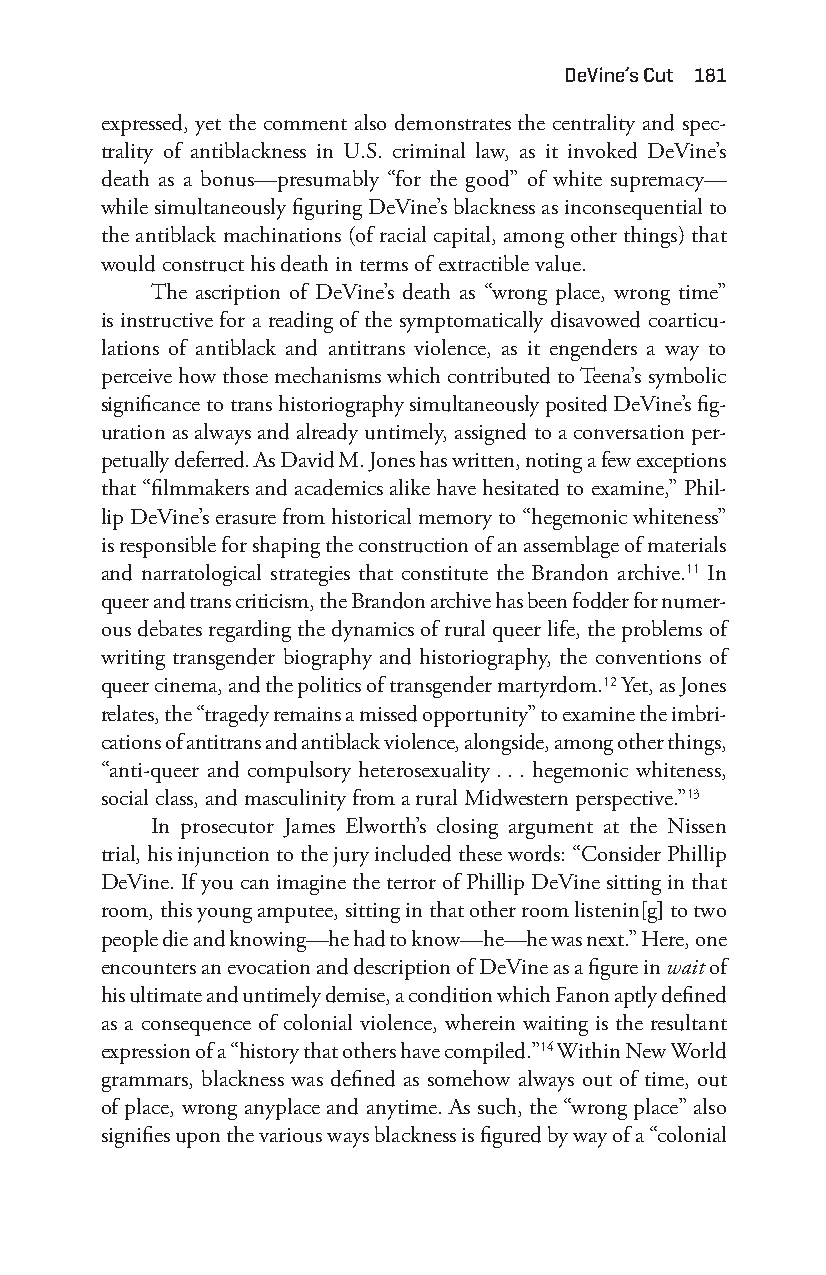
deVine’s cut 181
 expressed, yet the comment also demonstrates the centrality and spec-
 trality of antiblackness in U.S. criminal law, as it invoked DeVine’s
 death as a bonus—p resumably “for the good” of white supremacy—
 while simultaneously figuring DeVine’s blackness as inconsequential to
 the antiblack machinations (of racial capital, among other things) that
 would construct his death in terms of extractible value.
 The ascription of DeVine’s death as “wrong place, wrong time”
 is instructive for a reading of the symptomatically disavowed coarticu-
 lations of antiblack and antitrans violence, as it engenders a way to
 perceive how those mechanisms which contributed to Teena’s symbolic
 significance to trans historiography simultaneously posited DeVine’s fig-
 uration as always and already untimely, assigned to a conversation per-
 petually deferred. As David M. Jones has written, noting a few exceptions
 that “filmmakers and academics alike have hesitated to examine,” Phil-
 lip DeVine’s erasure from historical memory to “hegemonic whiteness”
 is responsible for shaping the construction of an assemblage of materials
 and narratological strategies that constitute the Brandon archive.11 In
 queer and trans criticism, the Brandon archive has been fodder for numer-
 ous debates regarding the dynamics of rural queer life, the problems of
 writing transgender biography and historiography, the conventions of
 queer cinema, and the politics of transgender martyrdom.12 Yet, as Jones
 relates, the “tragedy remains a missed opportunity” to examine the imbri-
 cations of antitrans and antiblack violence, alongside, among other things,
 “anti- queer and compulsory heterosexuality . . . hegemonic whiteness,
 social class, and masculinity from a rural Midwestern perspective.”13
 In prosecutor James Elworth’s closing argument at the Nissen
 trial, his injunction to the jury included these words: “Consider Phillip
 DeVine. If you can imagine the terror of Phillip DeVine sitting in that
 room, this young amputee, sitting in that other room listenin[g] to two
 people die and knowing—h e had to know—h e— he was next.” Here, one
 encounters an evocation and description of DeVine as a figure in wait of
 his ultimate and untimely demise, a condition which Fanon aptly defined
 as a consequence of colonial violence, wherein waiting is the resultant
 expression of a “history that others have compiled.”14 Within New World
 grammars, blackness was defined as somehow always out of time, out
 of place, wrong anyplace and anytime. As such, the “wrong place” also
 signifies upon the various ways blackness is figured by way of a “colonial
 Snorton.indd 181                            29/09/2017 8:41:09 AM